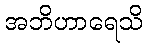
အဘိဟာရေသိ